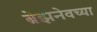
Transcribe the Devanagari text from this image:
ब्रेझनेवच्या